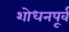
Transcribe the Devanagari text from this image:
शोधनपूर्व